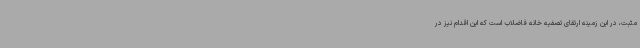
مثبت، در این زمینه ارتقای تصفیه خانه فاضلاب است که این اقدام نیز در